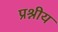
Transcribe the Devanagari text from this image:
प्रश्नीय